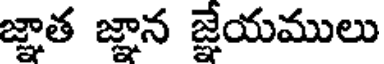
జ్ఞాత జ్ఞాన జ్ఞేయములు